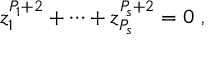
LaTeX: z _ { 1 } ^ { P _ { 1 } + 2 } + \dots + z _ { P _ { s } } ^ { P _ { s } + 2 } = 0 ~ ,